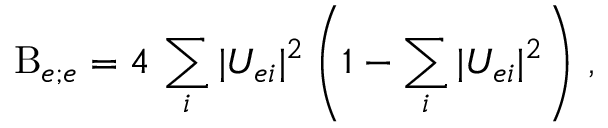
\mathrm { B } _ { e ; e } = 4 \, \sum _ { i } | U _ { e i } | ^ { 2 } \left( 1 - \sum _ { i } | U _ { e i } | ^ { 2 } \right) \, ,